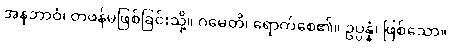
အနဘာဝံ၊ တဖန်မဖြစ်ခြင်းသို့။ ဂမေတိ၊ ရောက်စေ၏။ ဥပ္ပန္နံ၊ ဖြစ်သော။